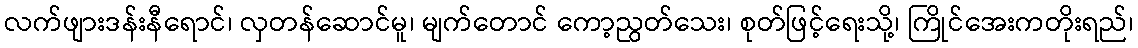
လက်ဖျားဒန်းနီရောင်၊ လှတန်ဆောင်မူ၊ မျက်တောင် ကော့ညွတ်သေး၊ စုတ်ဖြင့်ရေးသို့၊ ကြိုင်အေးကတိုးရည်၊